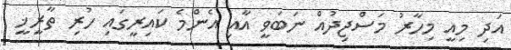
އަދި މިއީ މިހާރު މަސްޖިދުއް ނަބަވީ އާއި އެންމެ ކައިރީގައި ހުރި ތާރީޚީ